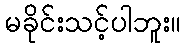
မခိုင်းသင့်ပါဘူး။